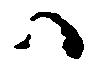
ハ